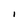
Character: I